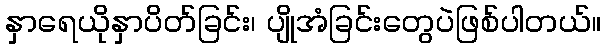
နှာရေယိုနှာပိတ်ခြင်း၊ ပျိုအံခြင်းတွေပဲဖြစ်ပါတယ်။